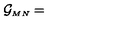
{ \cal G } _ { \scriptscriptstyle M N } =